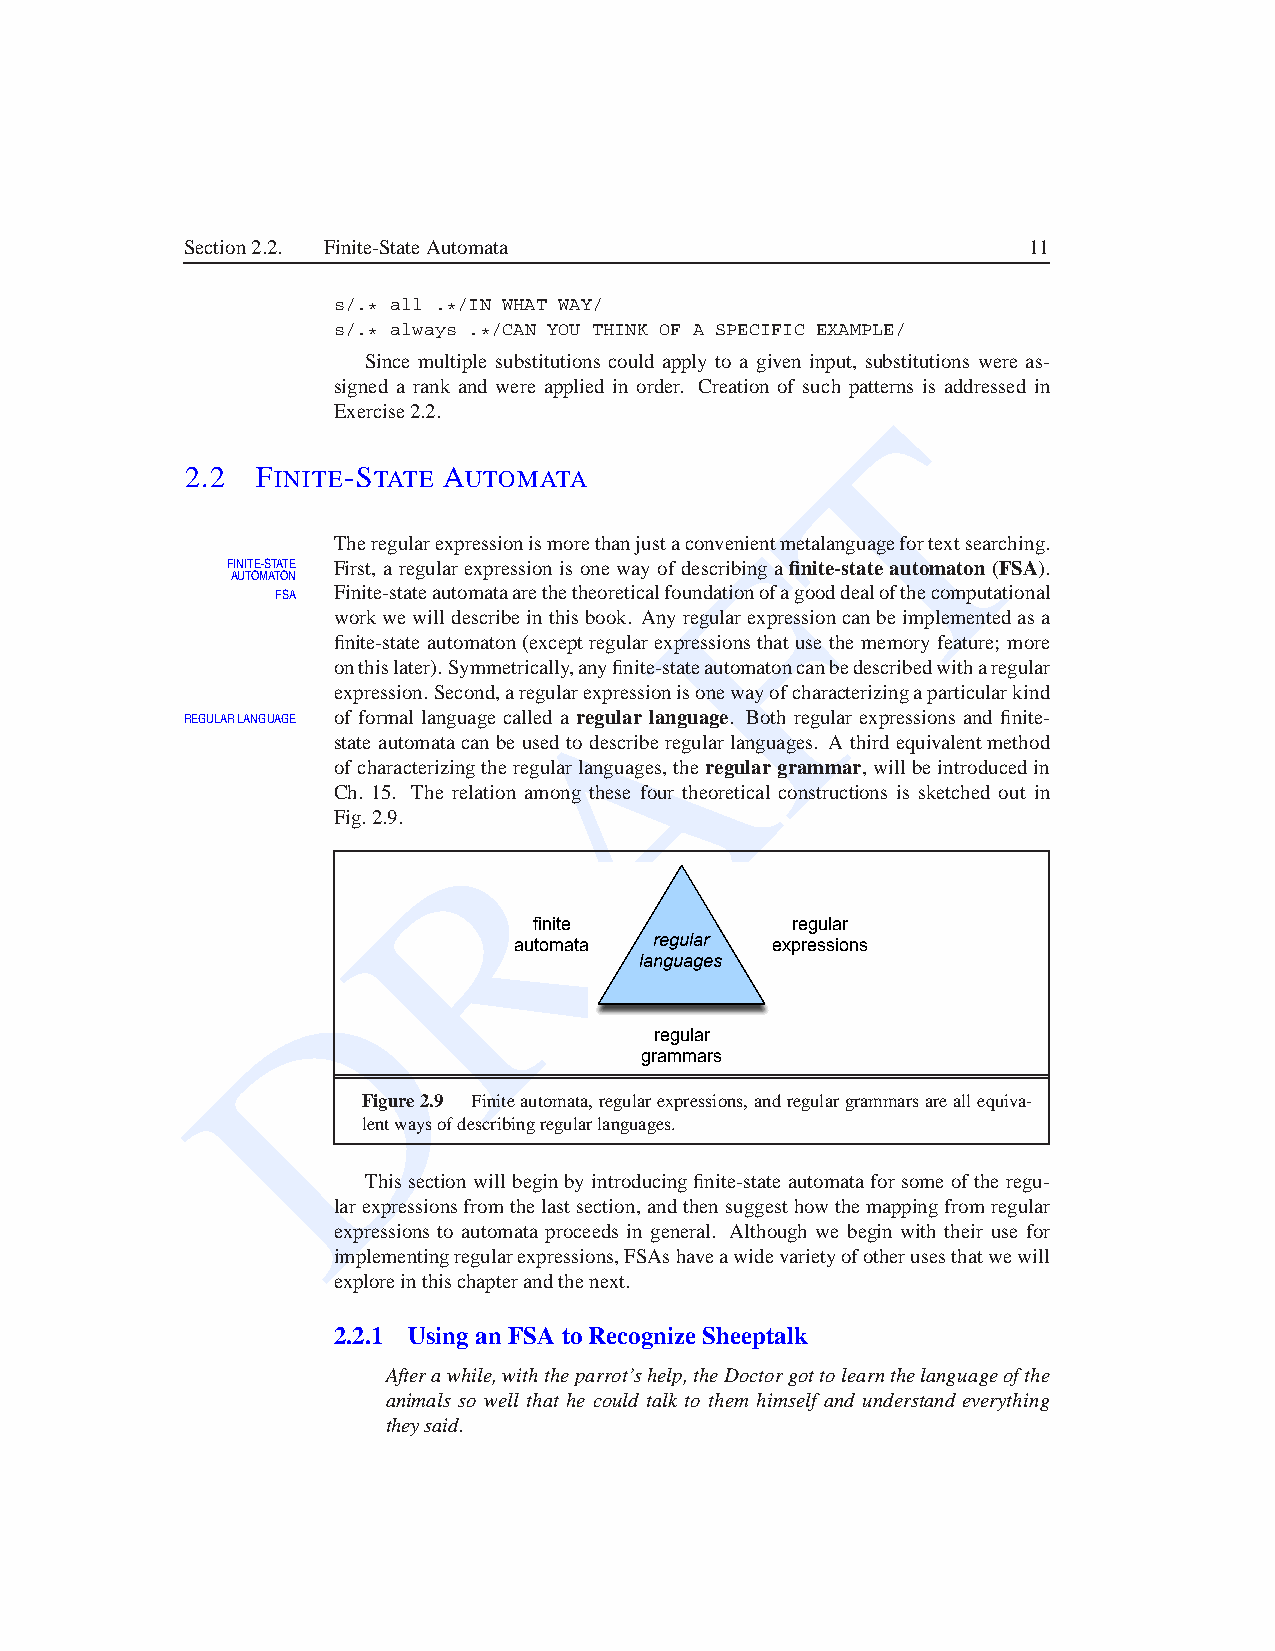
Section2.2. Finite-StateAutomata                        11
 s/.* all .*/IN WHAT WAY/
 s/.* always .*/CAN YOU THINK OF A SPECIFIC EXAMPLE/
 Since multiple substitutions could apply to a given input, substitutions were as-
 signed a rank and were applied in order. Creation of such patterns is addressed in
 T
 Exercise2.2.
 2.2  FINITE-STATE AUTOMATA
 TheregularexpressionismorethanjustaconvenFientmetalanguagefortextsearching.
 FINITE STATE First, a regularexpressionis one way of describinga finite-state automaton(FSA).
 AUTOMATON
 FSA Finite-stateautomataarethetheoreticalfoundationofagooddealofthecomputational
 workwe willdescribeinthisbook. Anyregularexpressioncanbeimplementedasa
 finite-state automaton(exceptregularexpressionsthat use the memoryfeature; more
 A
 onthislater).Symmetrically,anyfinite-stateautomatoncanbedescribedwitharegular
 expression.Second,aregularexpressionisonewayofcharacterizingaparticularkind
 REGULARLANGUAGE of formal language called a regular language. Both regular expressions and finite-
 state automatacan be used to describeregularlanguages. A third equivalentmethod
 of characterizingthe regularlanguages, the regulargrammar, will be introducedin
 Ch. 15. The relation among these four theoretical constructions is sketched out in
 Fig.2.9. R
 finite           regular
 automata regular expressions
 D                     languages
 regular
 grammars
 Figure2.9 Finiteautomata,regularexpressions,andregulargrammarsareallequiva-
 lentwaysofdescribingregularlanguages.
 Thissection willbeginby introducingfinite-state automatafor some ofthe regu-
 larexpressionsfromthelastsection,andthensuggesthowthemappingfromregular
 expressions to automata proceeds in general. Although we begin with their use for
 implementingregularexpressions,FSAshaveawidevarietyofotherusesthatwewill
 exploreinthischapterandthenext.
 2.2.1 UsinganFSA toRecognize Sheeptalk
 Afterawhile,withtheparrot’shelp,theDoctorgottolearnthelanguageofthe
 animals so well that he could talk to them himself and understand everything
 theysaid.